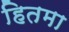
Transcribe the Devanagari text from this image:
हितमा